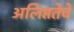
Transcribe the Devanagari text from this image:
अलिप्ततेचे